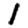
Digit: 1